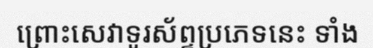
ព្រោះសេវាទូរស័ព្ទប្រភេទនេះ ទាំង